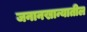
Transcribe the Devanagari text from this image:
जनानखान्यातील